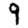
Digit: 9